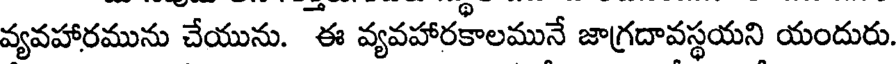
వ్యవహారమును చేయును. ఈ వ్యవహారకాలమునే జాగ్రదావస్థయని యందురు.